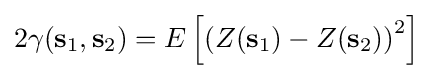
2\gamma (\mathbf {s} _{1},\mathbf {s} _{2})=E\left[\left(Z(\mathbf {s} _{1})-Z(\mathbf {s} _{2})\right)^{2}\right]